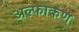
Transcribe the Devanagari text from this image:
अल्फाकण